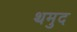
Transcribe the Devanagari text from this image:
थमुद